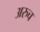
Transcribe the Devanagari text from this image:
अरुच